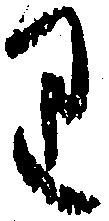
り